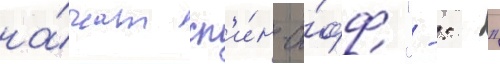
на́чат сп'и́н-о́фф "-: -"